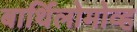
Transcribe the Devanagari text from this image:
बार्थिलोमोव्ह